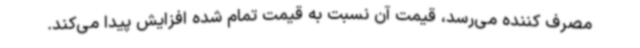
مصرف کننده می‌رسد، قیمت آن نسبت به قیمت تمام شده افزایش پیدا می‌کند.